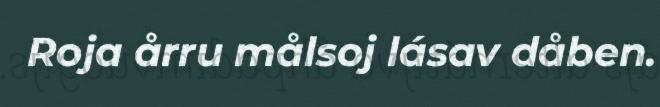
Roja årru målsoj lásav dåben.